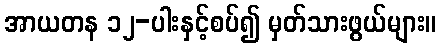
အာယတန ၁၂-ပါးနှင့်စပ်၍ မှတ်သားဖွယ်များ။